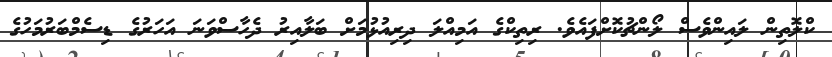
ކްލޮތިން ލައިންވެސް ލޯންޗުކޮށްފައެވެ. ރިތިކްގެ އަމިއްލަ ދިރިއުޅުމަށް ބަލާއިރު ދެހާސްވަނަ އަހަރުގެ ޑިސެމްބަރުމަހުގެ